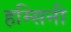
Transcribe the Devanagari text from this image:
हम्सिनी